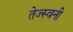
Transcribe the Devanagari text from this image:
तेज्स्वनी